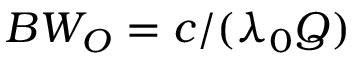
B W _ { O } = c / ( \lambda _ { 0 } Q )